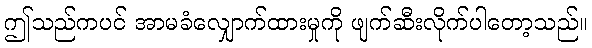
ဤသည်ကပင် အာမခံလျှောက်ထားမှုကို ဖျက်ဆီးလိုက်ပါတော့သည်။